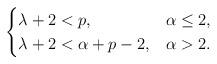
LaTeX: \begin{align*}\begin{cases}\lambda +2 < p , & \alpha\leq 2 , \\\lambda +2 < \alpha+p-2, & \alpha > 2 .\end{cases}\end{align*}